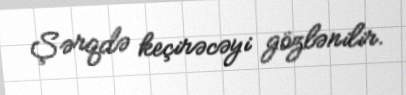
Şərqdə keçirəcəyi gözlənilir.